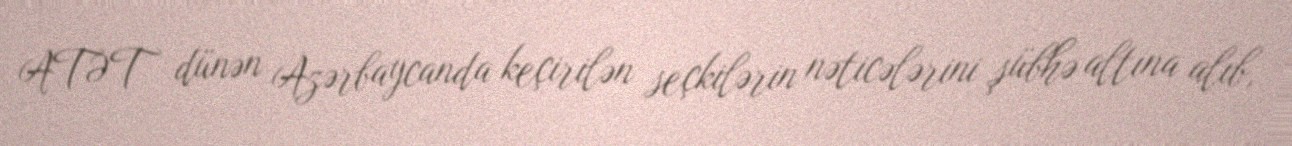
ATƏT dünən Azərbaycanda keçirilən seçkilərin nəticələrini şübhə altına alıb,